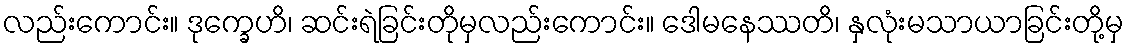
လည်းကောင်း။ ဒုက္ခေဟိ၊ ဆင်းရဲခြင်းတိုမှလည်းကောင်း။ ဒေါမနေဿတိ၊ နှလုံးမသာယာခြင်းတို့မှ